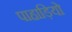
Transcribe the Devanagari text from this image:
पाहाड़ियो